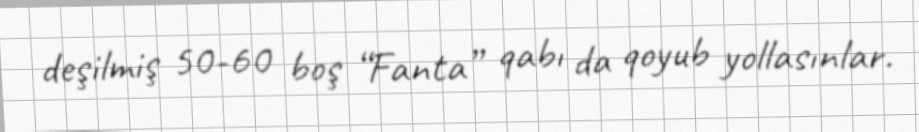
deşilmiş 50-60 boş “Fanta” qabı da qoyub yollasınlar.